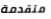
متقدمة